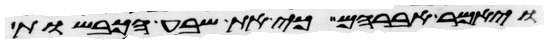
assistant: ויאמר אברהם כי את שבע הכבשות